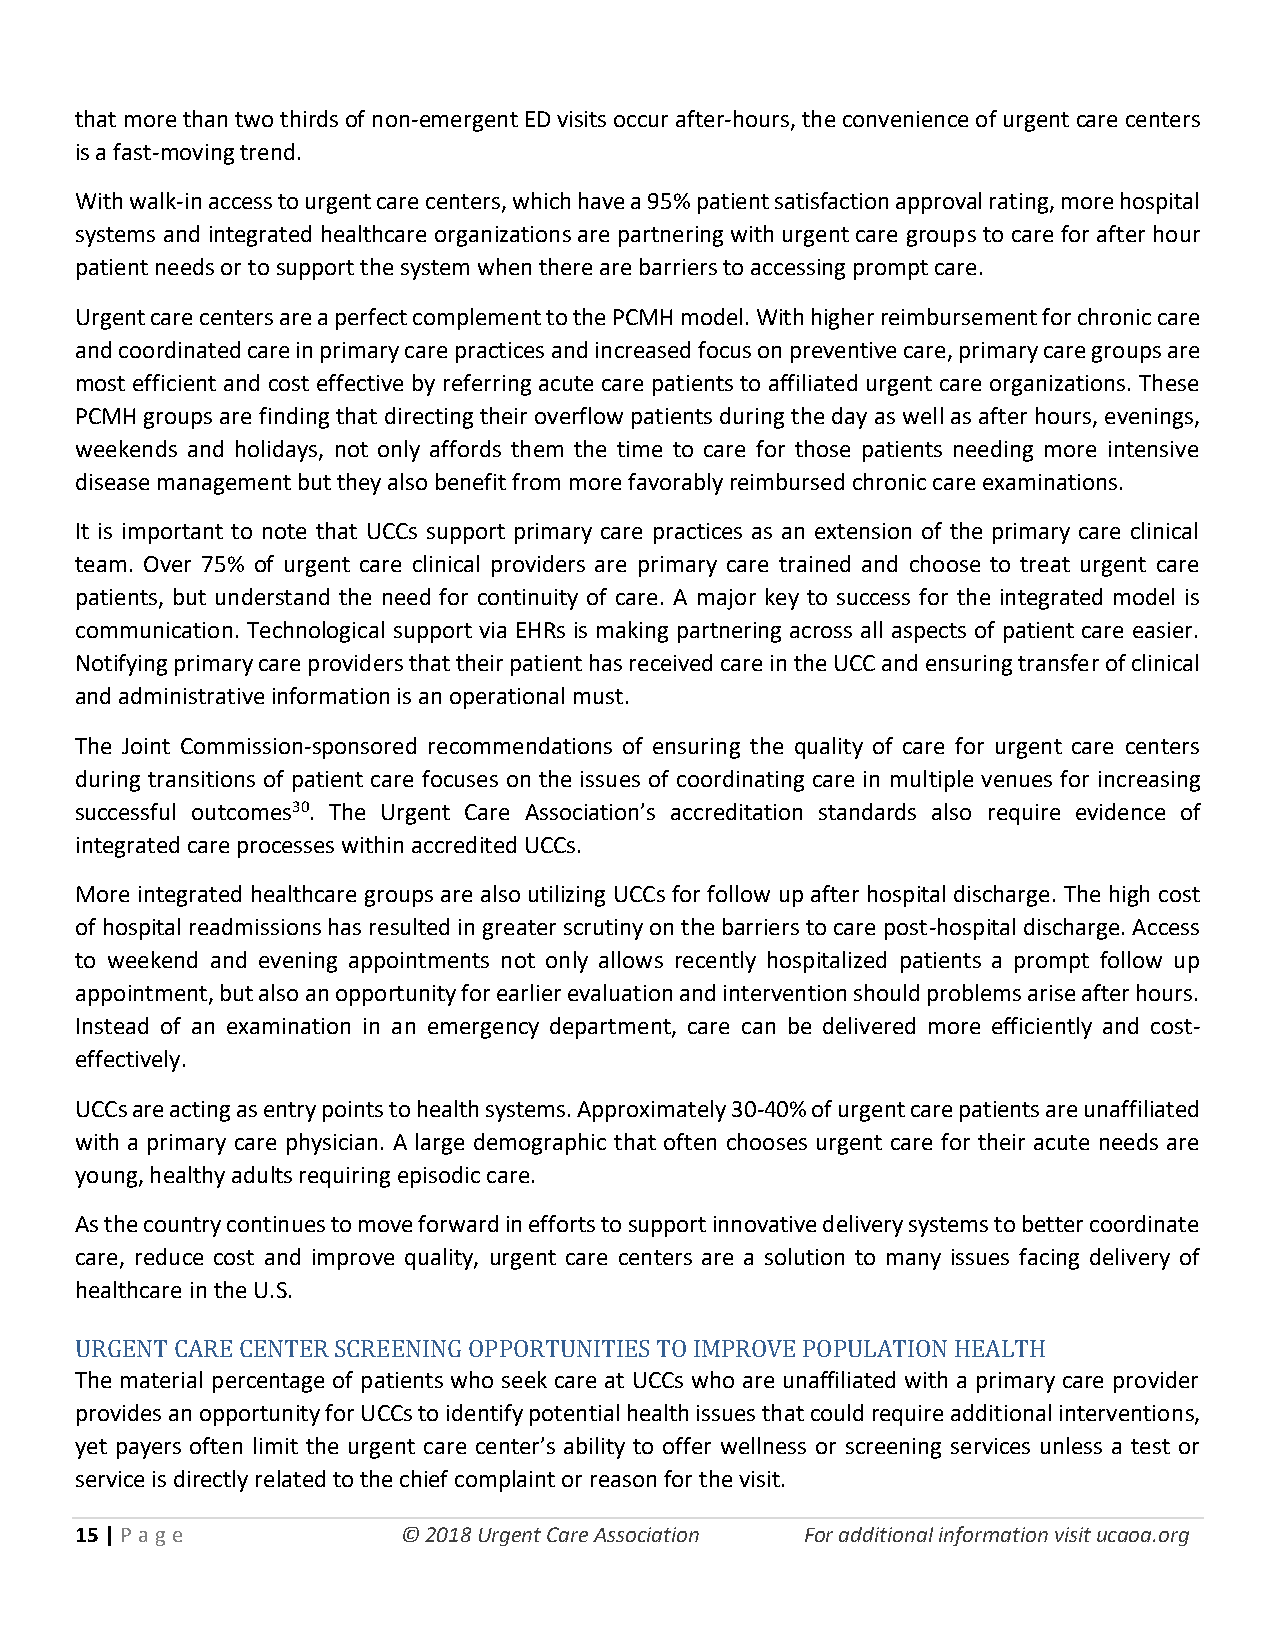
that more than two thirds of non-emergent ED visits occur after-hours, the convenience of urgent care centers
 is a fast-moving trend.
 With walk-in access to urgent care centers, which have a 95% patient satisfaction approval rating, more hospital
 systems and integrated healthcare organizations are partnering with urgent care groups to care for after hour
 patient needs or to support the system when there are barriers to accessing prompt care.
 Urgent care centers are a perfect complement to the PCMH model. With higher reimbursement for chronic care
 and coordinated care in primary care practices and increased focus on preventive care, primary care groups are
 most efficient and cost effective by referring acute care patients to affiliated urgent care organizations. These
 PCMH groups are finding that directing their overflow patients during the day as well as after hours, evenings,
 weekends and holidays, not only affords them the time to care for those patients needing more intensive
 disease management but they also benefit from more favorably reimbursed chronic care examinations.
 It is important to note that UCCs support primary care practices as an extension of the primary care clinical
 team. Over 75% of urgent care clinical providers are primary care trained and choose to treat urgent care
 patients, but understand the need for continuity of care. A major key to success for the integrated model is
 communication. Technological support via EHRs is making partnering across all aspects of patient care easier.
 Notifying primary care providers that their patient has received care in the UCC and ensuring transfer of clinical
 and administrative information is an operational must.
 The Joint Commission-sponsored recommendations of ensuring the quality of care for urgent care centers
 during transitions of patient care focuses on the issues of coordinating care in multiple venues for increasing
 successful outcomes30. The Urgent Care Association’s accreditation standards also require evidence of
 integrated care processes within accredited UCCs.
 More integrated healthcare groups are also utilizing UCCs for follow up after hospital discharge. The high cost
 of hospital readmissions has resulted in greater scrutiny on the barriers to care post-hospital discharge. Access
 to weekend and evening appointments not only allows recently hospitalized patients a prompt follow up
 appointment, but also an opportunity for earlier evaluation and intervention should problems arise after hours.
 Instead of an examination in an emergency department, care can be delivered more efficiently and cost-
 effectively.
 UCCs are acting as entry points to health systems. Approximately 30-40% of urgent care patients are unaffiliated
 with a primary care physician. A large demographic that often chooses urgent care for their acute needs are
 young, healthy adults requiring episodic care.
 As the country continues to move forward in efforts to support innovative delivery systems to better coordinate
 care, reduce cost and improve quality, urgent care centers are a solution to many issues facing delivery of
 healthcare in the U.S.
 URGENT CARE CENTER SCREENING OPPORTUNITIES TO IMPROVE POPULATION HEALTH
 The material percentage of patients who seek care at UCCs who are unaffiliated with a primary care provider
 provides an opportunity for UCCs to identify potential health issues that could require additional interventions,
 yet payers often limit the urgent care center’s ability to offer wellness or screening services unless a test or
 service is directly related to the chief complaint or reason for the visit.
 15 | P age            © 2018 Urgent Care Association For additional information visit ucaoa.org